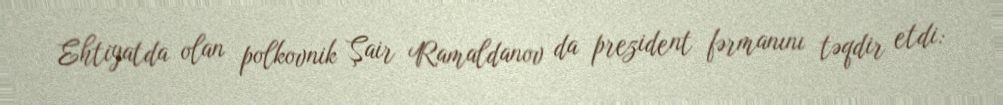
Ehtiyatda olan polkovnik Şair Ramaldanov da prezident fərmanını təqdir etdi: